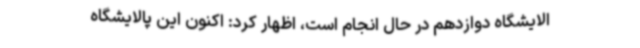
الایشگاه دوازدهم در حال انجام است، اظهار کرد: اکنون این پالایشگاه